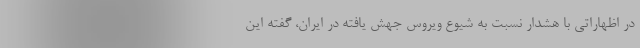
در اظهاراتی با هشدار نسبت به شیوع ویروس جهش یافته در ایران، گفته این